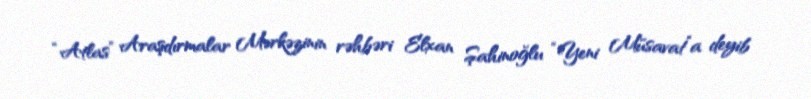
“Atlas” Araşdırmalar Mərkəzinin rəhbəri Elxan Şahinoğlu “Yeni Müsavat”a deyib